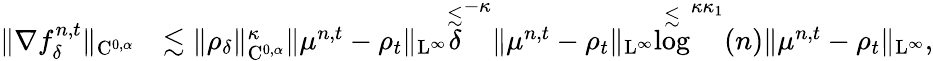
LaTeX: \begin{array}{rl}{\| \nabla f_{\delta}^{n,t}\| _{\mathrm{C}^{0,\alpha}}}&{\lesssim\| \rho_{\delta}\| _{\mathrm{C}^{0,\alpha}}^{\kappa}\| \mu^{n,t}-\rho_{t}\| _{\mathrm{L}^{\infty}}\stackrel{\lesssim}\delta^{-\kappa}\| \mu^{n,t}-\rho_{t}\| _{\mathrm{L}^{\infty}}\stackrel{\lesssim}\log^{\kappa\kappa_{1}}(n)\| \mu^{n,t}-\rho_{t}\| _{\mathrm{L}^{\infty}},}\end{array}